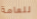
للعامة